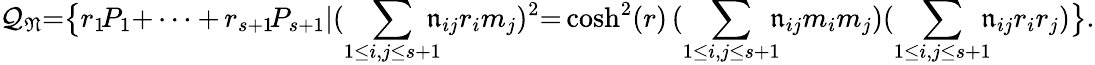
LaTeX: \mathcal{Q}_{\mathfrak{N}}{=}\big\{ r_{1}\! P_{1}{+\dots+\, }r_{s+1}\! P_{s+1}|\displaystyle(\sum_{1\le i,j\le s{+}1}\! \! \! \! \mathfrak{n}_{ij}r_{i}m_{j})^{2}{=}\cosh^{2}(r)\, (\sum_{1\le i,j\le s{+}1}\! \! \! \mathfrak{n}_{ij}m_{i}m_{j})(\sum_{1\le i,j\le s{+}1}\! \! \! \mathfrak{n}_{ij}r_{i}r_{j})\big\} .